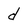
Character: d